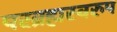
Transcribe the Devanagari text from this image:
परब्रह्मस्वरुप